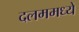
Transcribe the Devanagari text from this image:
दलममध्ये